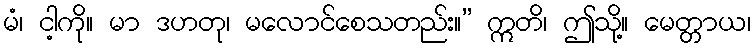
မံ၊ ငါ့ကို။ မာ ဒဟတု၊ မလောင်စေသတည်း။” ဣတိ၊ ဤသို့။ မေတ္တာယ၊